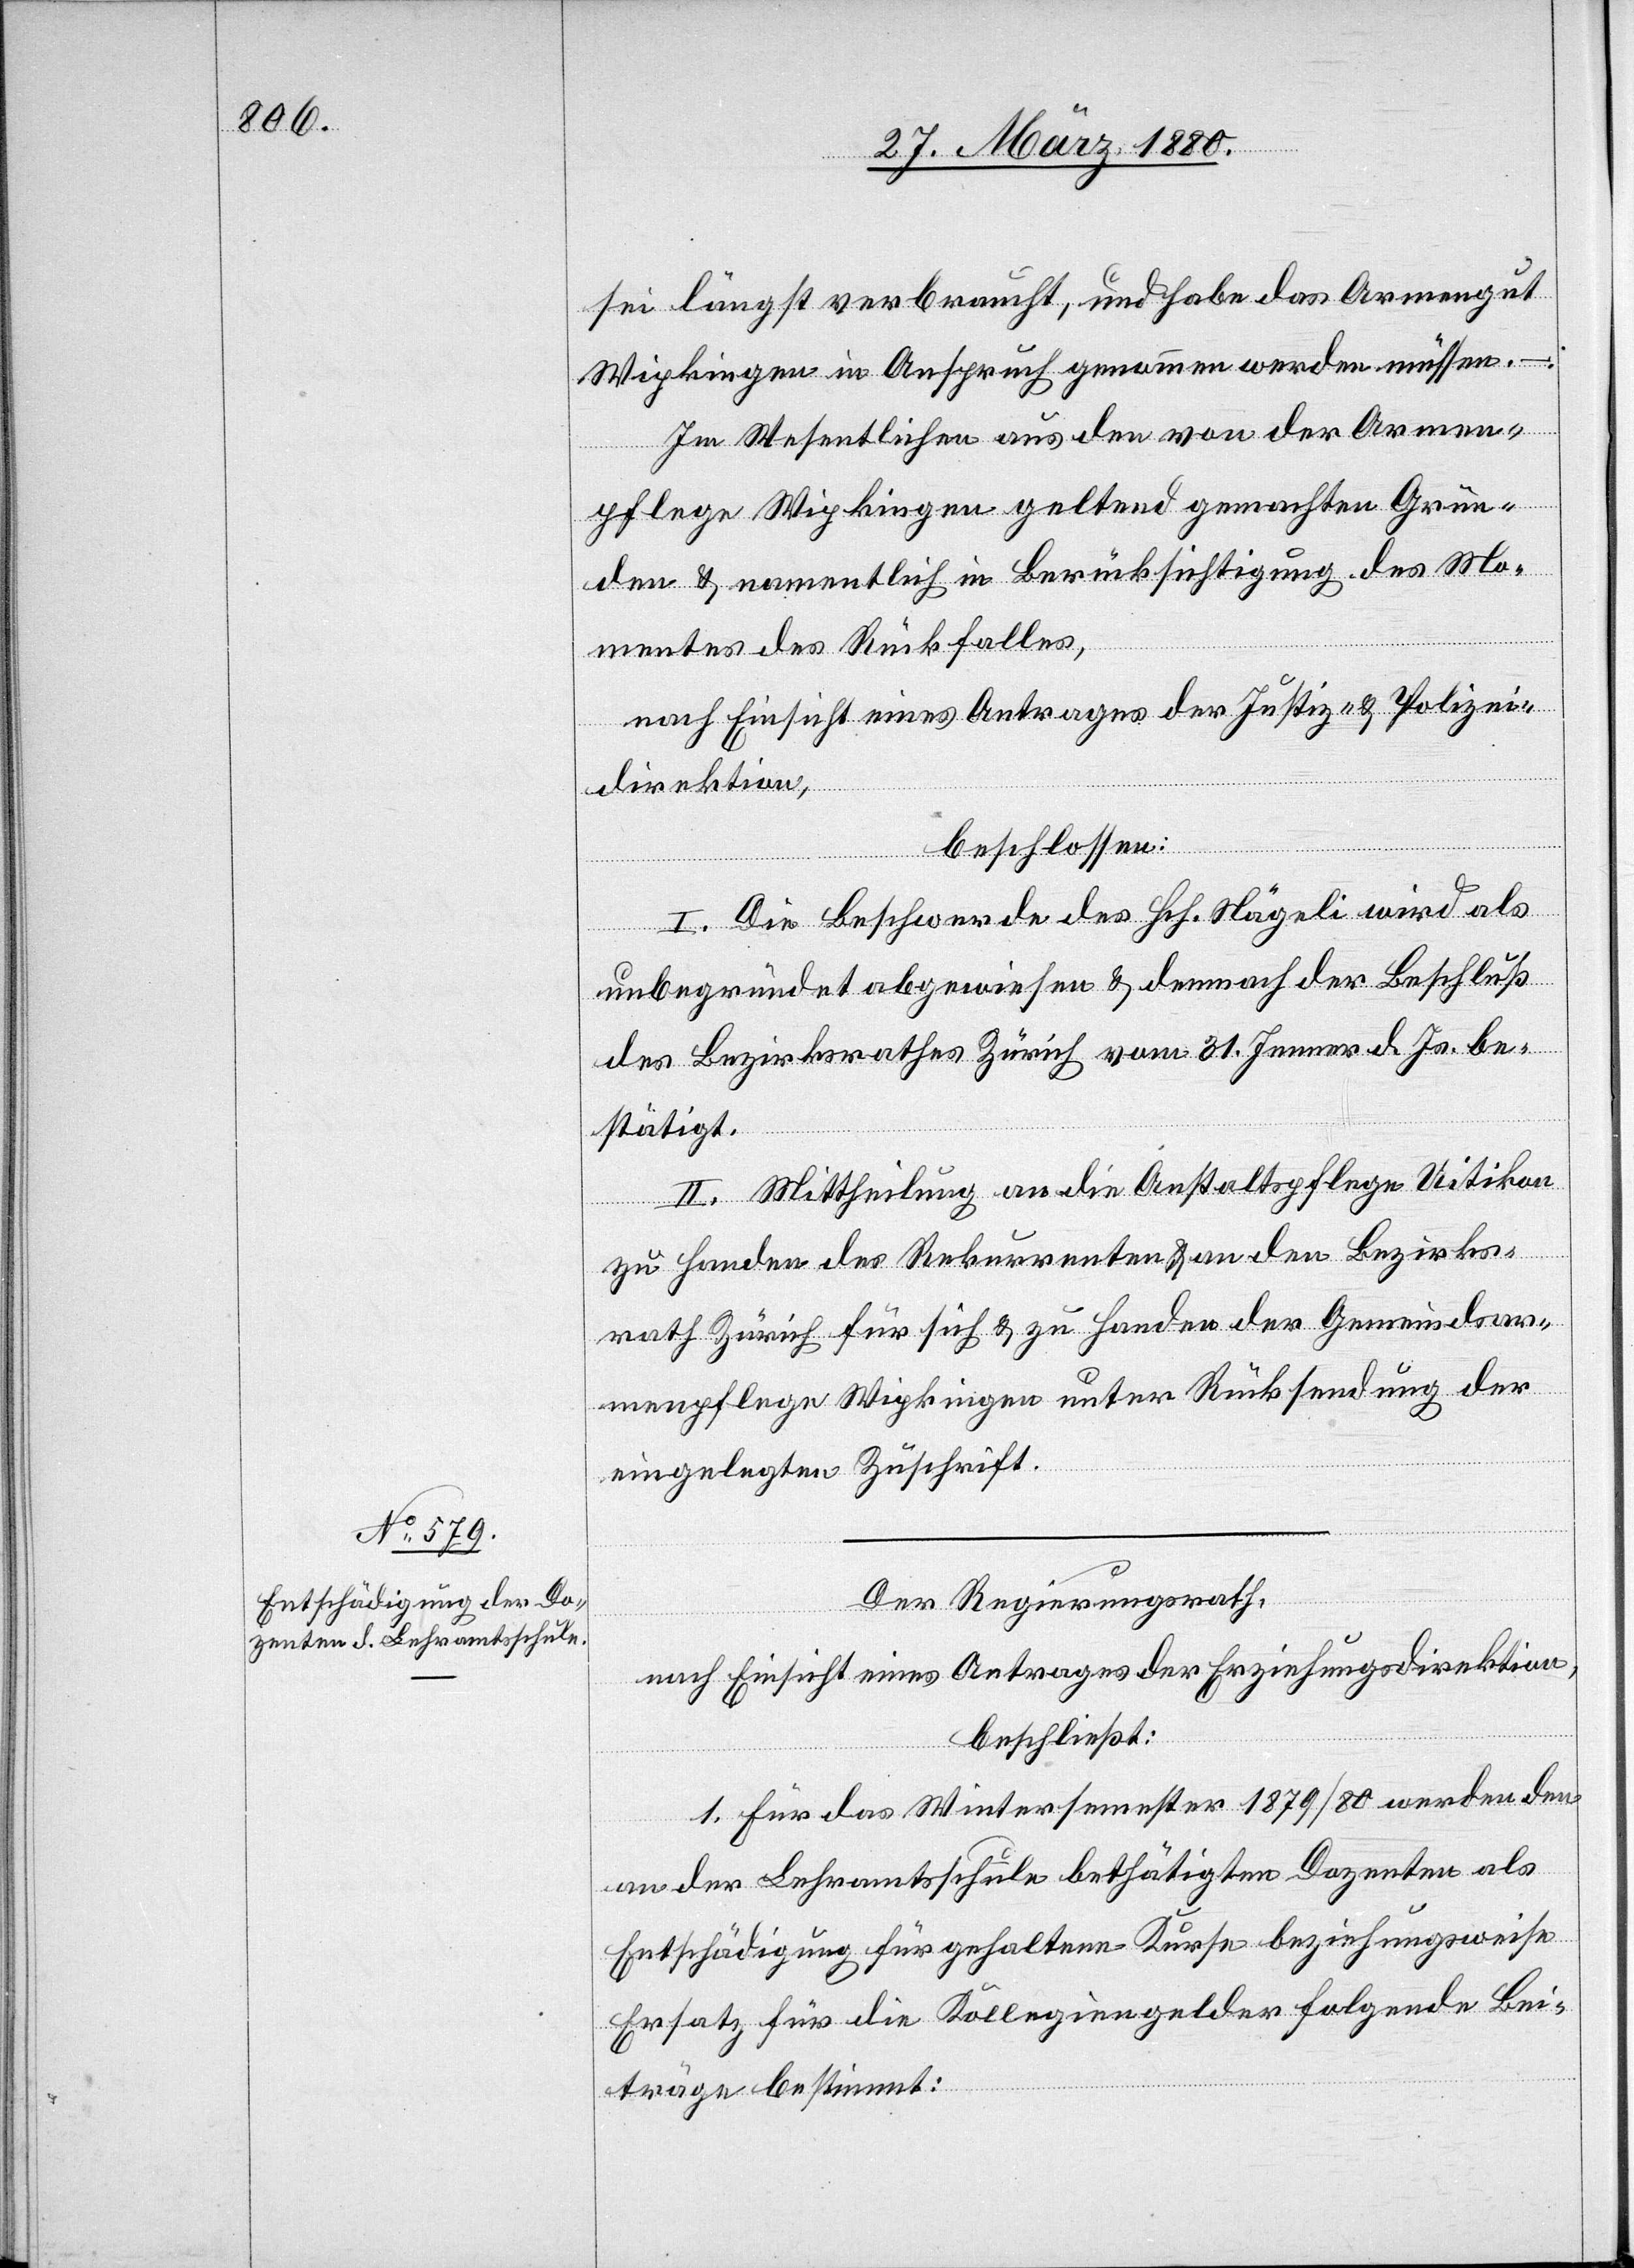
sei längst verbraucht, und habe das Armengut
Wipkingen in Anspruch genommen werden müssen.
Im Wesentlichen aus den von der Armen¬
pflege Wipkingen geltend gemachten Grün¬
den & namentlich in Berücksichtigung des Mo¬
mentes des Rückfalles,
nach Einsicht eines Antrages der Justiz- & Polizei¬
direktion,
beschliessen:
I. Die Beschwerde des Hch. Nägeli wird als
unbegründet abgewiesen & demnach der Beschluß
des Bezirksrathes Zürich vom 31. Jenner d. Js. be¬
stätigt.
II. Mittheilung an die Anstaltspflege Uitikon
zu Handen des Rekurrenten & an den Bezirks¬
rath Zürich für sich & zu Handen der Gemeindsar¬
menpflege Wipkingen unter Rücksendung der
eingelegten Zuschrift.
Der Regierungsrath,
nach Einsicht eines Antrages der Erziehungsdirektion,
beschließt:
1. Für das Wintersemester 1879/80 werden den
an der Lehramtsschule bethätigten Dozenten als
Entschädigung für gehaltene Kurse beziehungsweise
Ersatz für die Kollegiengelder folgende Bei¬
träge bestimmt: